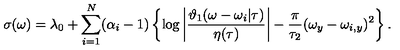
\sigma ( \omega ) = \lambda _ { 0 } + \sum _ { i = 1 } ^ { N } ( \alpha _ { i } - 1 ) \left\{ \log \left| \frac { \vartheta _ { 1 } ( \omega - \omega _ { i } | \tau ) } { \eta ( \tau ) } \right| - \frac { \pi } { \tau _ { 2 } } ( \omega _ { y } - \omega _ { i , y } ) ^ { 2 } \right\} .